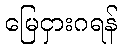
မြေငှားဂရန်